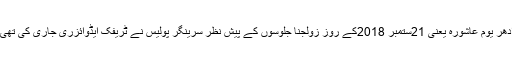
ادھر یوم عاشورہ یعنی 21ستمبر 2018کے روز زولجنا جلوسوں کے پیش نظر سرینگر پولیس نے ٹریفک ایڈوائزری جاری کی تھی۔